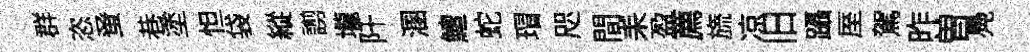
群恣𫊫巷塗怛袋縱謭壠阡溷鱣蛇瑁咫間耒盈薦旒凉旧躡厔駕昨曽鳧